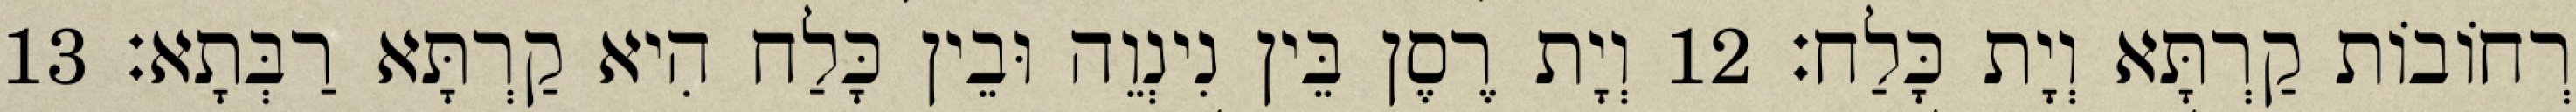
רְחוֹבוֹת קַרְתָּא וְיָת כָּלַח׃ 12 וְיָת רֶסֶן בֵּין נִינְוֵה וּבֵין כָּלַח הִיא קַרְתָּא רַבְּתָא׃ 13